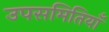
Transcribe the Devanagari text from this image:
उपसमितियाँ